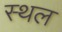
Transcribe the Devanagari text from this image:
स्थल